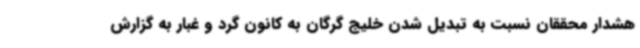
هشدار محققان نسبت به تبدیل شدن خلیج گرگان به کانون گرد و غبار به گزارش